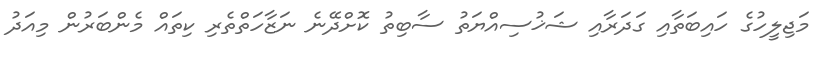
މަޖިލީހުގެ ހައިބަތާއި ގަދަރާއި ޝަޚުސިއްޔަތު ސާބިތު ކޮށްދޭނެ ނަޒާހަތްތެރި ކިތައް މެންބަރުން މިއަދު